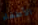
الأطفاء